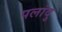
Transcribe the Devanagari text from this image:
पलांदु